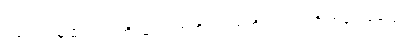
ဒါကြောင့်မို့ မိတ်ကပ်တို့၊ ဆံပင်တုတို့၊ ရင်တုတို့၊ တင်တုတို့ အခုအခံတွေ